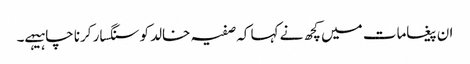
ان پیغامات میں کچھ نے کہا کہ صفیہ خالد کو سنگسار کرنا چاہیہے۔